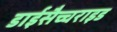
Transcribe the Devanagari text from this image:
डाईसैच्चराइड